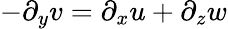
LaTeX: -\partial_{y}v=\partial_{x}u+\partial_{z}w